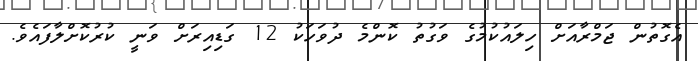
އެގޮތުން ޖަމްރާއަށް ހިލައުކުމުގެ ވަގުތު ކޮންމެ ދުވަހަކު 12 ގަޑިއިރަށް ވަނީ ކުރުކޮށްލާފައެވެ.